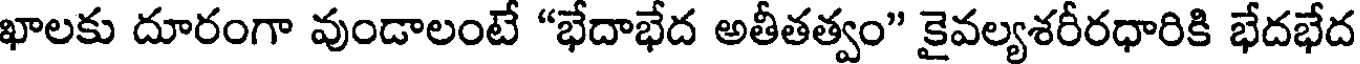
ఖాలకు దూరంగా వుండాలంటే "భేదాభేద అతీతత్వం" కైవల్యశరీరధారికి భేదభేద